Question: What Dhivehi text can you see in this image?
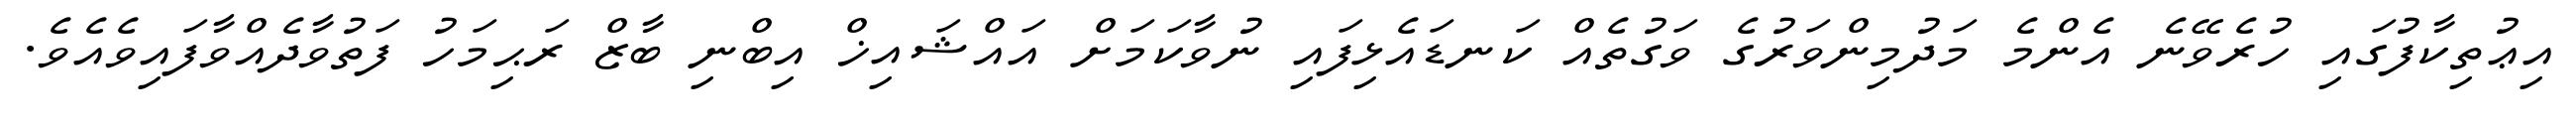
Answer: އިޢުތިކާފުގައި ހުރެވޭނެ އެންމެ މަދުމިންވަރުގެ ވަގުތެއް ކަނޑައެޅިފައި ނުވާކަމަށް އައްޝައިޚް އިބްނި ބާޒް ރަޙިމަހު ފަތުވާދެއްވާފައިވެއެވެ.